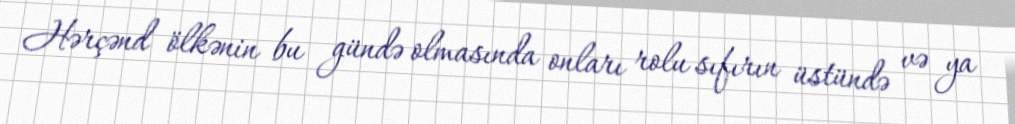
Hərçənd ölkənin bu gündə olmasında onları rolu sıfırın üstündə və ya